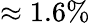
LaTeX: \approx 1.6\%